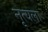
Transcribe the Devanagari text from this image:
नृत्यला